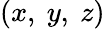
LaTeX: \left(x,~y,~z\right)